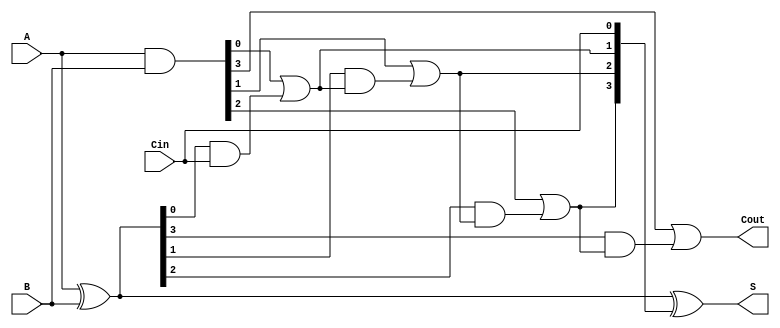
module CarryLookaheadAdder #(
    parameter n = 4  // Parameter to define the bit width (n bits)
)(
    input  [n-1:0] A,      // n-bit input A
    input  [n-1:0] B,      // n-bit input B
    input         Cin,      // Carry-in
    output [n-1:0] S,      // n-bit sum output
    output        Cout      // Carry-out
);

    // Generate and propagate signals
    wire [n-1:0] G; // Generate signals
    wire [n-1:0] P; // Propagate signals
    wire [n:0] C;   // Carry signals (C[0] to C[n])

    // Generate and Propagate calculations
    assign G = A & B;                // Generate: G[i] = A[i] & B[i]
    assign P = A ^ B;                // Propagate: P[i] = A[i] ^ B[i]

    // Carry calculations
    assign C[0] = Cin;                     // C[0] = Cin

    genvar i;
    generate
        for (i = 0; i < n; i = i + 1) begin : carry_calc
            if (i == 0) begin
                assign C[i + 1] = G[i] | (P[i] & C[i]); // C[1] = G[0] + (P[0] * C[0])
            end else begin
                assign C[i + 1] = G[i] | (P[i] & C[i]); // C[i + 1] = G[i] + (P[i] * C[i])
            end
        end
    endgenerate

    // Sum calculations
    assign S = P ^ C[n-1:0]; // S[i] = P[i] ^ C[i]

    // Carry-out
    assign Cout = C[n]; // Cout = C[n]

endmodule